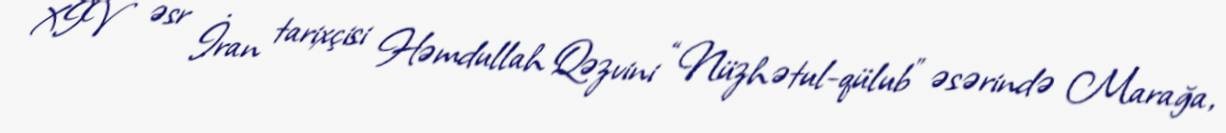
XIV əsr İran tarixçisi Həmdullah Qəzvini “Nüzhətul-qülub” əsərində Marağa,